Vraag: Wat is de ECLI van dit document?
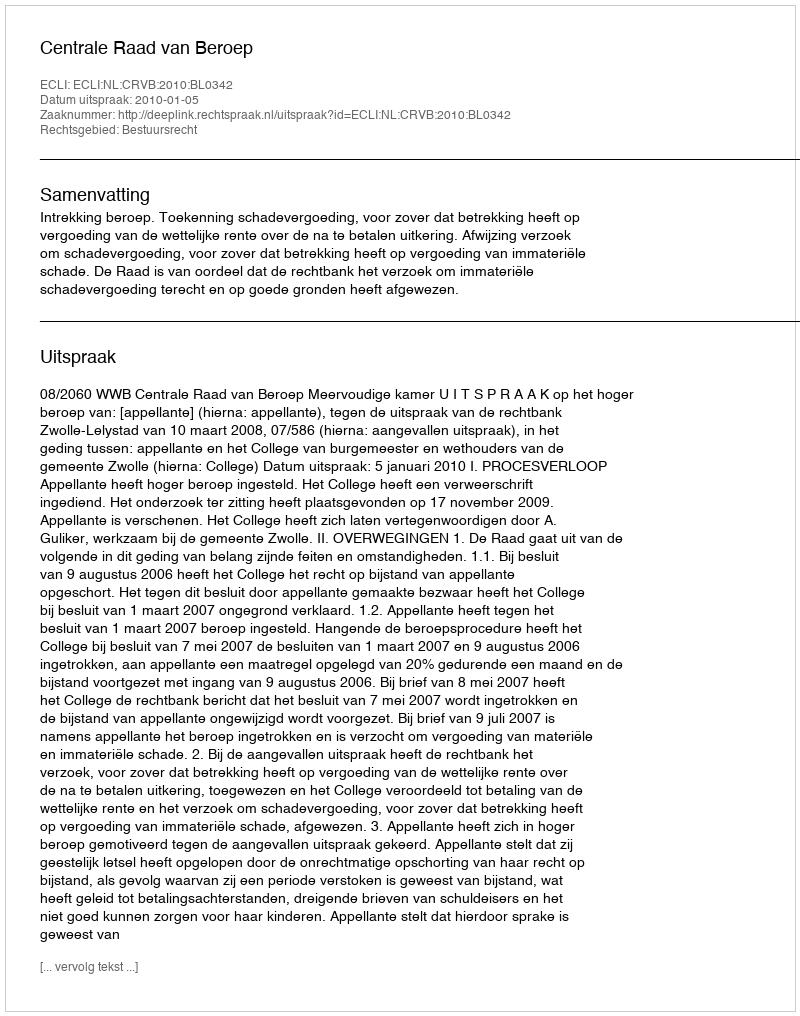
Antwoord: ECLI:NL:CRVB:2010:BL0342